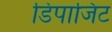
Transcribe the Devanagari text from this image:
डिपाजिट